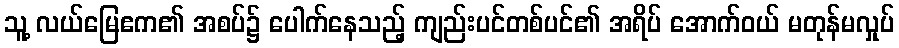
သူ့ လယ်မြေဧက၏ အစပ်၌ ပေါက်နေသည့် ကျည်းပင်တစ်ပင်၏ အရိပ် အောက်ဝယ် မတုန်မလှုပ်